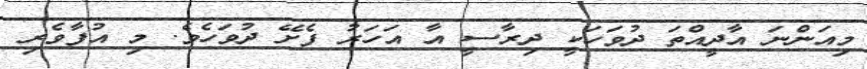
މިއަންނަ އާދީއްތަ ދުވަހަކީ ދިރާސީ އާ އަހަރު ފެށޭ ދުވަހެވެ. މި އުފާވެރި